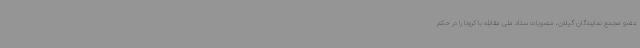
عضو مجمع نمایندگان گیلان، مصوبات ستاد ملی مقابله با کرونا را در حکم